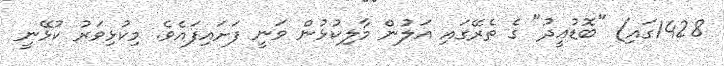
1428ގައި) "ބޮޑުޢީދު" ގެ ތެރޭގައި އަލުން މާލިކުޅުން ވަނީ ފަށައިފައެވެ. މިކުޅިވަރު ކުޅޭނީ